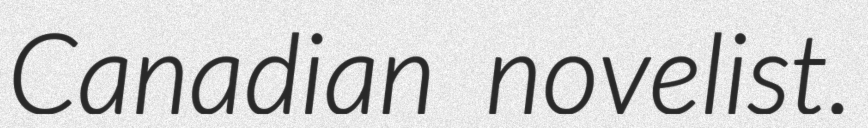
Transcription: Canadian novelist.